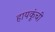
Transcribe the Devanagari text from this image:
हायकूंची